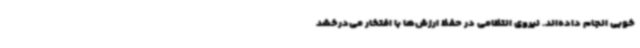
خوبی انجام داده‌اند. نیروی انتظامی در حفظ ارزش‌ها با افتخار می‌درخشد